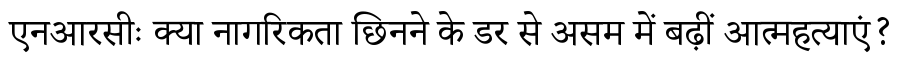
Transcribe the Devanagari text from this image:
एनआरसीः क्या नागरिकता छिनने के डर से असम में बढ़ीं आत्महत्याएं?